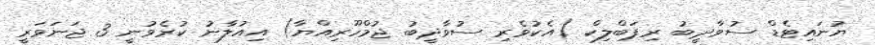
ޔުނައިޓެޑް ސުވާދީބު ރިޕަބްލިކް (އެކުވެރި ސުވާދީބު ޖުމްހޫރިއްޔާ) އިއުލާނު ކުރެވުނީ 3 ޖަނަވަރީ